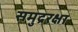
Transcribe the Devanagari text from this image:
समुद्ररक्षा